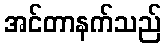
အင်တာနက်သည်